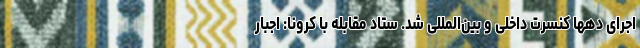
اجرای دهها کنسرت داخلی و بین‌المللی شد. ستاد مقابله با کرونا: اجبار